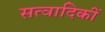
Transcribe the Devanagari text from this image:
सत्वादिकीं